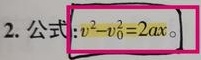
2. 公式：\(v^{2}-v_{0}^{2}=2ax\)。